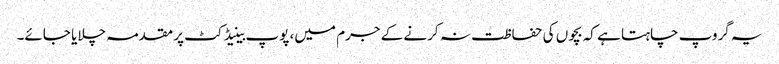
یہ گروپ چاہتا ہے کہ بچوں کی حفاظت نہ کرنے کے جرم میں، پوپ بینیڈکٹ پر مقدمہ چلایا جائے۔